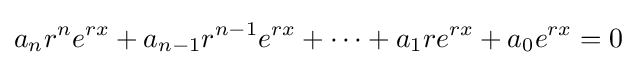
a_{n}r^{n}e^{rx}+a_{n-1}r^{n-1}e^{rx}+\cdots +a_{1}re^{rx}+a_{0}e^{rx}=0